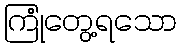
ကြုံတွေ့ရသော